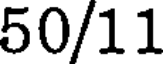
50/11